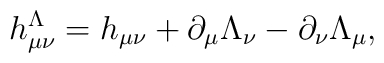
h_{\mu\nu}^\Lambda = h_{\mu\nu} + \partial_\mu \Lambda_\nu  - \partial_\nu \Lambda_\mu ,